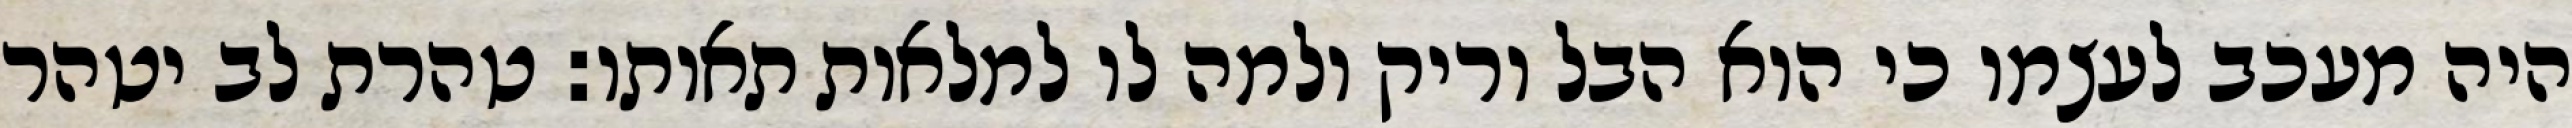
היה מעכב לעצמו כי הוא הבל וריק ולמה לו למלאות תאותו: טהרת לב יטהר